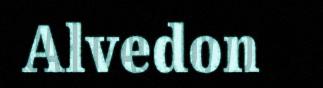
Alvedon